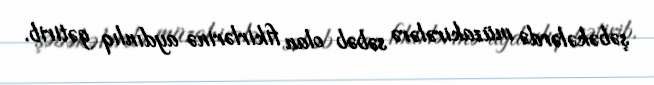
şəbəkələrdə müzakirələrə səbəb olan fikirlərinə aydınlıq gətirib.